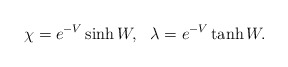
\begin{align*}\chi =e^{-V}\sinh W , ~~ \lambda = e^{-V}\tanh W .\end{align*}